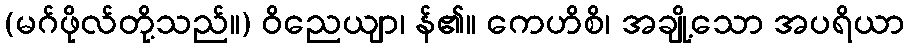
(မဂ်ဖိုလ်တို့သည်။) ဝိညေယျာ၊ န်၏။ ကေဟိစိ၊ အချို့သော အပရိယာ